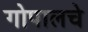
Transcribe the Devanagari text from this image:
गोपालचे